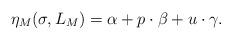
LaTeX: \begin{align*} \eta_{M} (\sigma, L_M) = \alpha + p \cdot \beta + u \cdot \gamma. \end{align*}